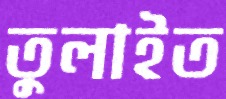
তুলাইত